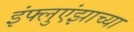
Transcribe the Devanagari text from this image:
इंफ्लुएंझाच्या